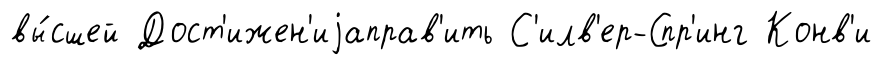
вы́сшей Дост'ижен'иjаправ'ить С'илв'ер-Спр'инг Конв'и